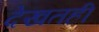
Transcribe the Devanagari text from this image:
देखतही